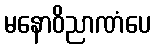
မနောဝိညာဏံပေ